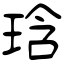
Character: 琀